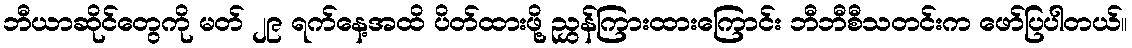
ဘီယာဆိုင်တွေကို မတ် ၂၉ ရက်နေ့အထိ ပိတ်ထားဖို့ ညွှန်ကြားထားကြောင်း ဘီဘီစီသတင်းက ဖော်ပြပါတယ်။